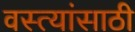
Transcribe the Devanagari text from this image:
वस्त्यांसाठी